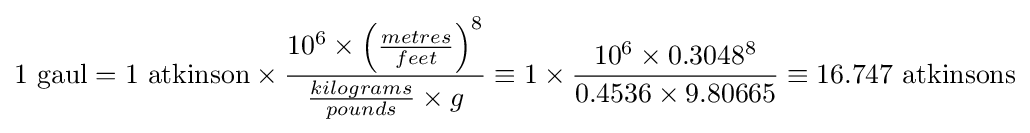
1{\mbox{ gaul}}=1{\mbox{ atkinson}}\times {\frac {10^{6}\times \left({\frac {metres}{feet}}\right)^{8}}{{\frac {kilograms}{pounds}}\times g}}\equiv 1\times {\frac {10^{6}\times 0.3048^{8}}{0.4536\times 9.80665}}\equiv 16.747{\mbox{ atkinsons}}